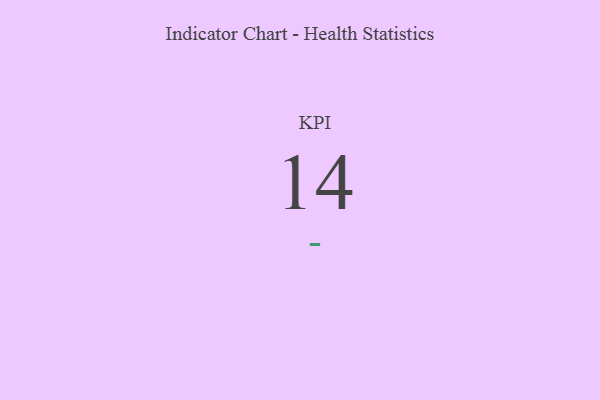
{"axis": {"x": "KPI", "y": "Value"}, "legend": [""], "data": [{"x": "KPI", "y": 14, "type": ""}]}